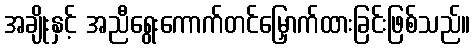
အချိုးနှင့် အညီရွေးကောက်တင်မြှောက်ထားခြင်းဖြစ်သည်။